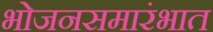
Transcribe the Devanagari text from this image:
भोजनसमारंभात